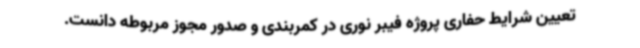
تعیین شرایط حفاری پروژه فیبر نوری در کمربندی و صدور مجوز مربوطه دانست.